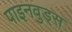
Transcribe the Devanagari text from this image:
पाइनवुड्स